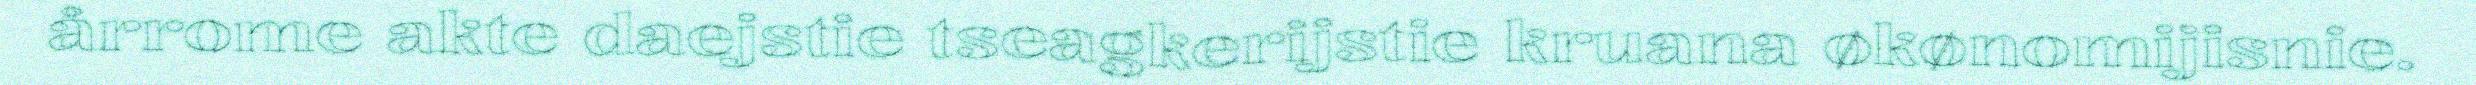
årrome akte daejstie tseagkerijstie kruana økønomijisnie.